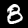
Digit: 8